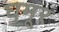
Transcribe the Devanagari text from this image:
घमूर